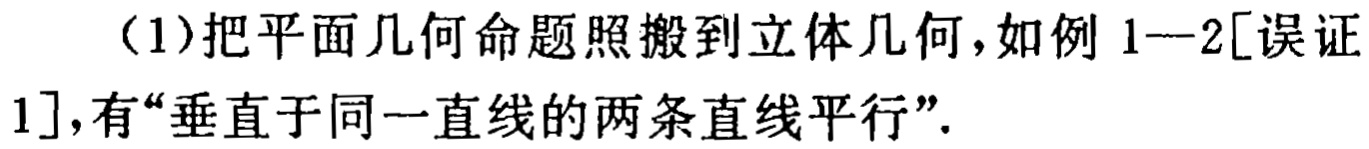
（1）把平面几何命题照搬到立体几何，如例1—2[误证1]，有“垂直于同一直线的两条直线平行”.